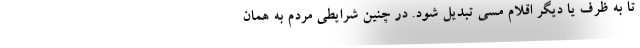
تا به ظرف یا دیگر اقلام مسی تبدیل شود. در چنین شرایطی مردم به همان